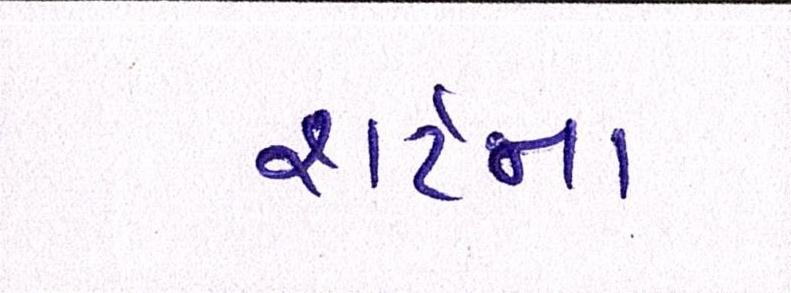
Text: શર્ટનાં